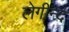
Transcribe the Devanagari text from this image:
लेगीन्द